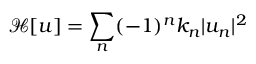
\mathcal { H } [ u ] = \sum _ { n } ( - 1 ) ^ { n } k _ { n } | u _ { n } | ^ { 2 }